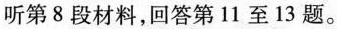
听第 8 段材料,回答第11 至 13 题.